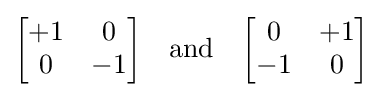
{\begin{bmatrix}+1&0\\0&-1\\\end{bmatrix}}\quad {\mbox{and}}\quad {\begin{bmatrix}0&+1\\-1&0\\\end{bmatrix}}